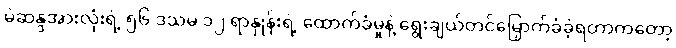
မဲဆန္ဒအားလုံးရဲ့ ၅၆ ဒသမ ၁၂ ရာနှုန်းရဲ့ ထောက်ခံမှုနဲ့ ရွေးချယ်တင်မြှောက်ခံခဲ့ရတာကတော့